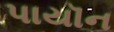
પાયૉન